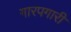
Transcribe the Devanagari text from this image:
गारपगारी